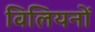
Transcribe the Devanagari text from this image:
विलियनों